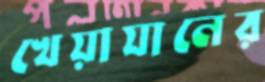
খেয়াযানের